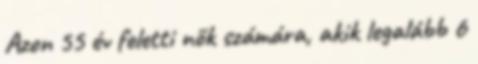
Azon 55 év feletti nők számára, akik legalább 6